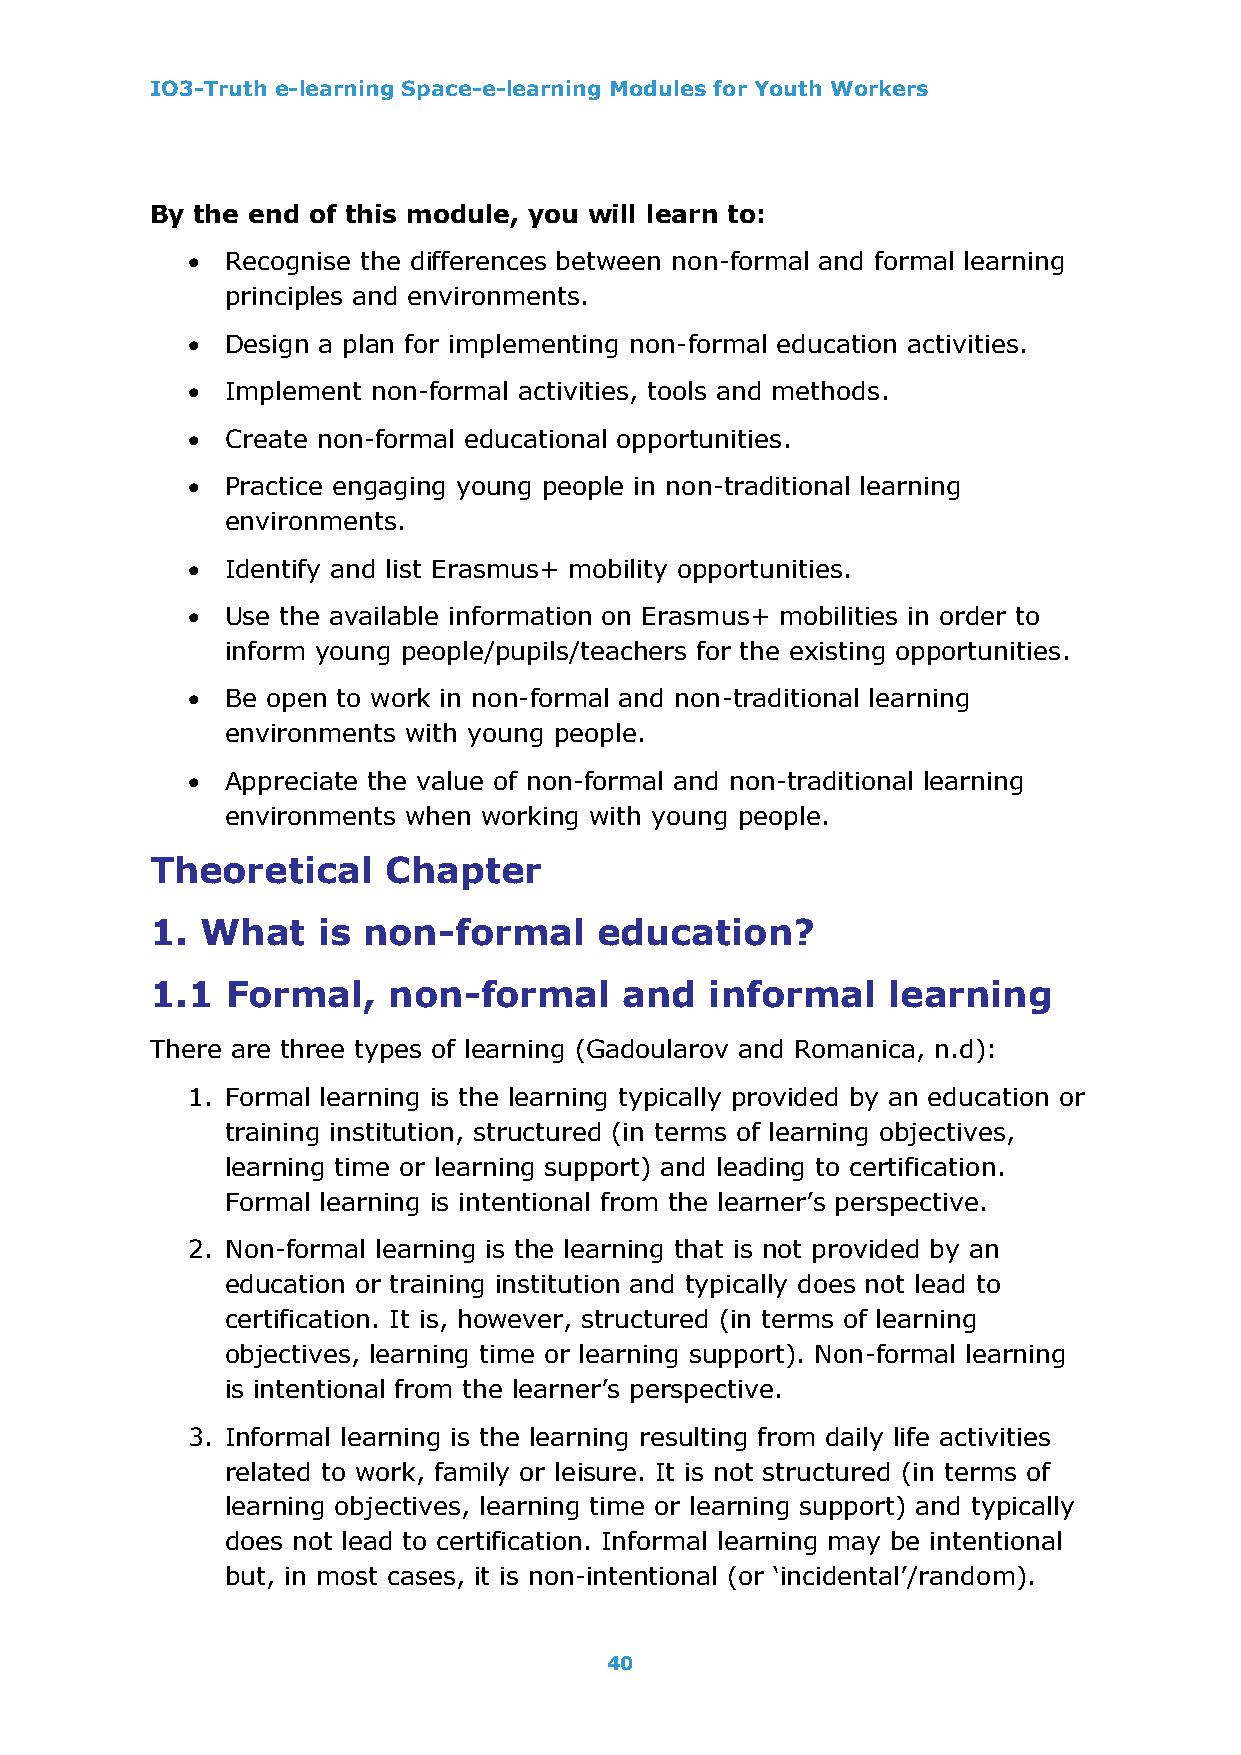
IO3-Truth e-learning Space-e-learning Modules for Youth Workers
 By the end of this module, you will learn to:
 •  Recognise the differences between non-formal and formal learning
 principles and environments.
 •  Design a plan for implementing non-formal education activities.
 •  Implement non-formal activities, tools and methods.
 •  Create non-formal educational opportunities.
 •  Practice engaging young people in non-traditional learning
 environments.
 •  Identify and list Erasmus+ mobility opportunities.
 •  Use the available information on Erasmus+ mobilities in order to
 inform young people/pupils/teachers for the existing opportunities.
 •  Be open to work in non-formal and non-traditional learning
 environments with young people.
 •  Appreciate the value of non-formal and non-traditional learning
 environments when working with young people.
 Theoretical     Chapter
 1. What    is non-formal      education?
 1.1  Formal,    non-formal     and   informal    learning
 There are three types of learning (Gadoularov and Romanica, n.d):
 1. Formal learning is the learning typically provided by an education or
 training institution, structured (in terms of learning objectives,
 learning time or learning support) and leading to certification.
 Formal learning is intentional from the learner’s perspective.
 2. Non-formal learning is the learning that is not provided by an
 education or training institution and typically does not lead to
 certification. It is, however, structured (in terms of learning
 objectives, learning time or learning support). Non-formal learning
 is intentional from the learner’s perspective.
 3. Informal learning is the learning resulting from daily life activities
 related to work, family or leisure. It is not structured (in terms of
 learning objectives, learning time or learning support) and typically
 does not lead to certification. Informal learning may be intentional
 but, in most cases, it is non-intentional (or ‘incidental’/random).
 40